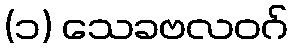
(၁) သေခဗလဝဂ်